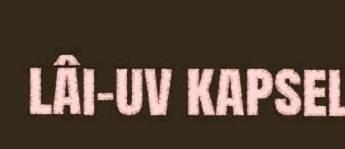
lâi-uv kapsel